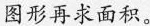
图形再求面积。